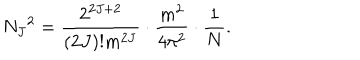
N _ { J } { } ^ { 2 } = \frac { 2 ^ { 2 J + 2 } } { ( 2 J ) ! m ^ { 2 J } } \cdot \frac { m ^ { 2 } } { 4 \pi ^ { 2 } } \cdot \frac { 1 } { N } .